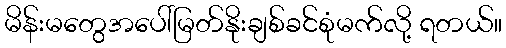
မိန်းမတွေအပေါ်မြတ်နိုးချစ်ခင်စုံမက်လို့ ရတယ်။